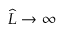
\widehat { L } \to \infty